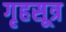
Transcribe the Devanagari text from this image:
गृहसूत्र